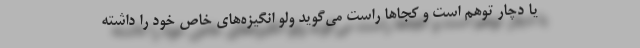
یا دچار توهّم است و کجاها راست می‌گوید ولو انگیزه‌های خاص خود را داشته